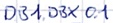
Text: DB1.DBX 0.1